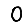
Digit: 0